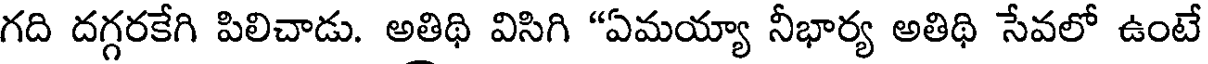
గది దగ్గరకేగి పిలిచాడు. అతిథి విసిగి "ఏమయ్యా నీభార్య అతిథి సేవలో ఉంటే